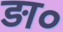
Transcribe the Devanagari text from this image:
ड़ा०